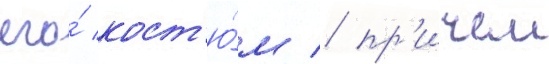
его́ кост'ю́м / пр'ичем